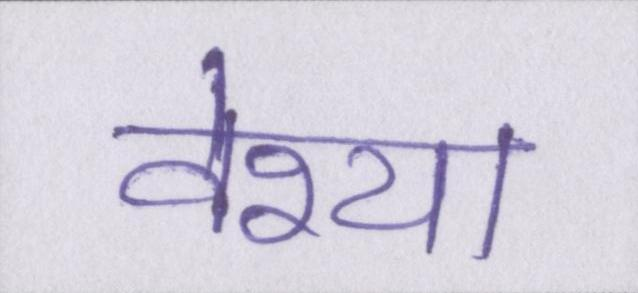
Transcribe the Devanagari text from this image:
वेश्या